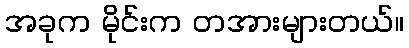
အခုက မိုင်းက တအားများတယ်။